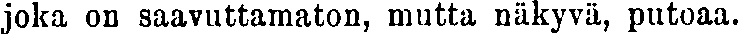
joka on saavuttamaton, mutta näkyvä, putoaa.